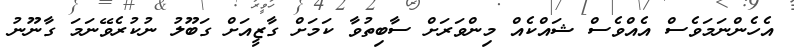
އެހެންނަމަވެސް އެއްވެސް ޝައްކެއް މިންވަރަށް ސާބިތުވާ ކަމަށް ގާޒީއަށް ގަބޫލު ނުކުރެވޭނަމަ ގާނޫނު